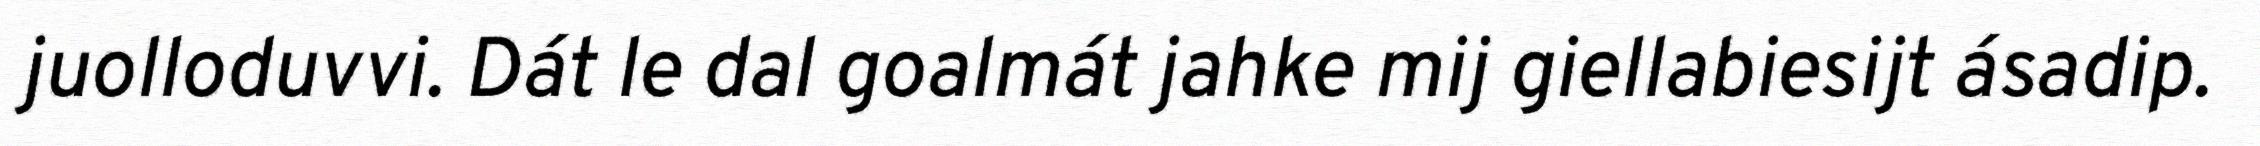
juolloduvvi. Dát le dal goalmát jahke mij giellabiesijt ásadip.